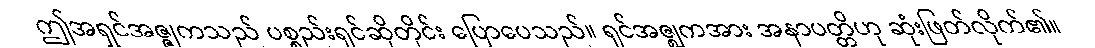
ဤအရှင်အဇ္ဇုကသည် ပစ္စည်းရှင်ဆိုတိုင်း ပြောပေသည်။ ရှင်အဇ္ဈကအား အနာပတ္တိဟု ဆုံးဖြတ်လိုက်၏။